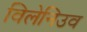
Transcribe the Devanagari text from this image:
विलेनिउव